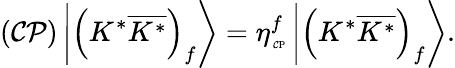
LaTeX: ({\cal\mathcal{C}P})\left|\left(K^{\ast}\overline{{{{K^{\ast}}}}}\right)_{f}\right\rangle=\eta_{\mathrm{{{\tiny~\mathcal{C}P}}}}^{f}\left|\left(K^{\ast}\overline{{{{K^{\ast}}}}}\right)_{f}\right\rangle.